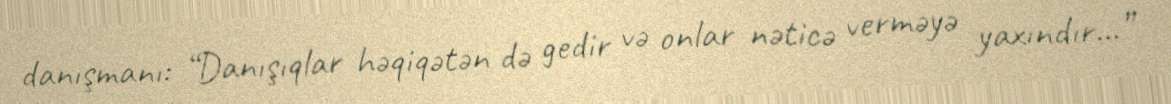
danışmanı: “Danışıqlar həqiqətən də gedir və onlar nəticə verməyə yaxındır...”